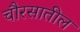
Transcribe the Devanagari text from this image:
चौरसातील